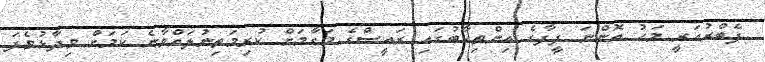
ފެބްރުއަރީ މަހު އޮންނަ ފީފާގެ އިންތިހާބުގައި ރައީސްގެ މަގާމަށް ކުރިމަތިނުލައްވާނެ ކަމަށް ވިދާޅުވެފަ